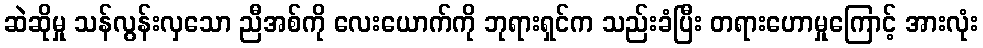
ဆဲဆိုမှု သန်လွန်းလှသော ညီအစ်ကို လေးယောက်ကို ဘုရားရှင်က သည်းခံပြီး တရားဟောမှုကြောင့် အားလုံး